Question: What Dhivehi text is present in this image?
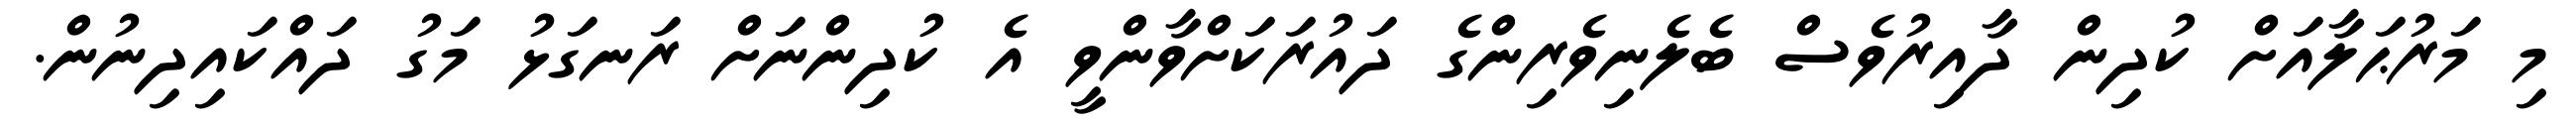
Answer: މި މަރުޙަލާއަށް ކުދިން ދާއިރުވެސް ބެލެނިވެރިންގެ ދައުރަކަށްވާންވީ އެ ކުދިންނަށް ރަނގަޅު މަގު ދައްކައިދިނުން.